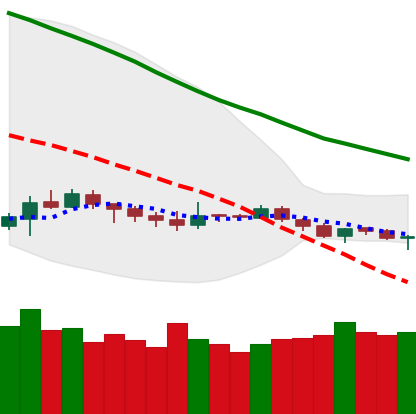
Ticker: ETH-USD
Chart end date: 2019-12-15
Forward return: -9.816%
Label: down_7plus